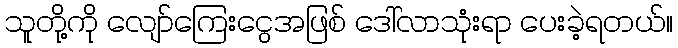
သူတို့ကို လျော်ကြေးငွေအဖြစ် ဒေါ်လာသုံးရာ ပေးခဲ့ရတယ်။